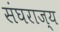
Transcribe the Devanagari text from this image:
संघराज्‍य